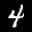
Label: 4